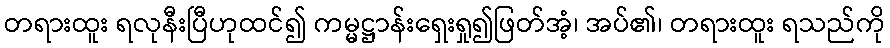
တရားထူး ရလုနီးပြီဟုထင်၍ ကမ္မဋ္ဌာန်းရှေးရှု၍ဖြတ်အံ့၊ အပ်၏၊ တရားထူး ရသည်ကို